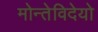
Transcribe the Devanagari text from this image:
मोन्तेविदेयो